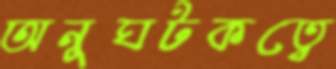
অনুঘটকত্বে